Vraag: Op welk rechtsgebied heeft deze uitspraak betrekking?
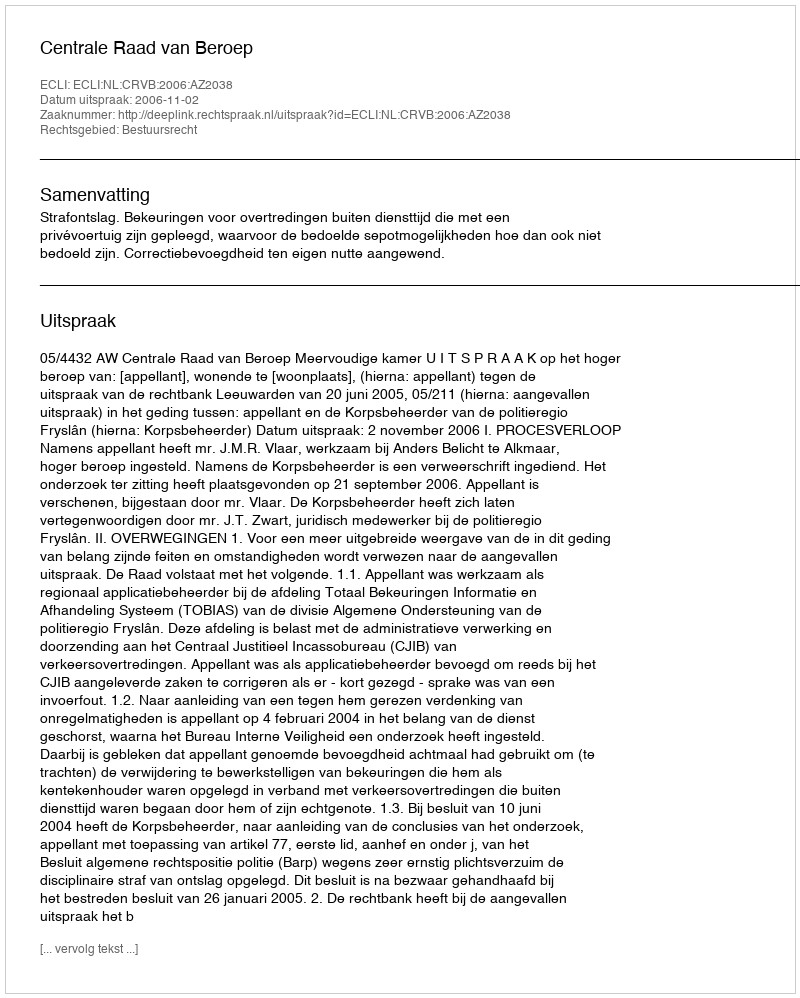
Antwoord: Bestuursrecht